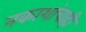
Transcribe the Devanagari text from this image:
नकाशांचाही